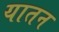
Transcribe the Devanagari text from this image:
यातन